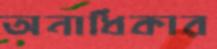
অনাধিকার